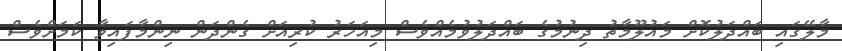
މާލޭގައި ބައްދަލުކޮށް މައުލޫމާތު ދިނުމުގެ ބައްދަލުވުމެއްވެސް މިއަހަރު ކުރިއަށް ގެންދަން ނިންމާފައިވާ ކަމަށްވެސް